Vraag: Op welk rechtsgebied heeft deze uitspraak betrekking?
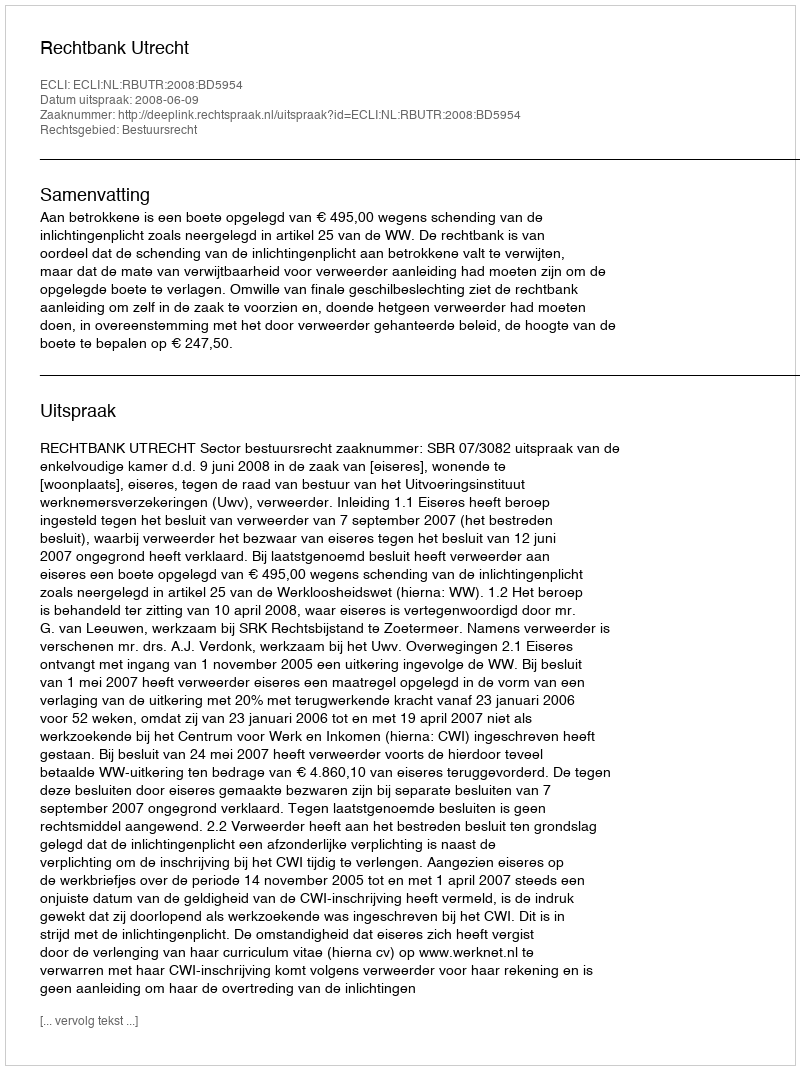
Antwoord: Bestuursrecht